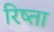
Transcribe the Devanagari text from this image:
रिष्ता